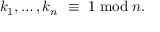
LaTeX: k _ { 1 } , \ldots , k _ { n } \ \equiv \ 1 \bmod n .